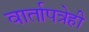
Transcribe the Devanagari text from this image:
वार्तापत्रेही